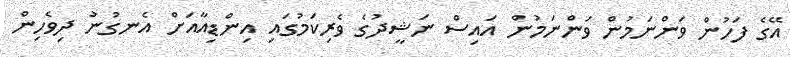
އޭގެ ފަހުން ވަންނަމުން ވަންނަމުން އައިސް ނަޝީދުގެ ވެރިކަމުގައި އިންޑިއާއަށް އެނގުނު ދިވެހިން